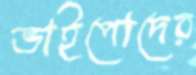
ভাইপোদের